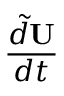
\frac { \tilde { d } \mathbf { U } } { d t }